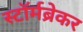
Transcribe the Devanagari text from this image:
स्टॉर्मब्रेकर